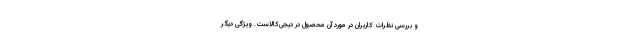
و بررسی نظرات کاربران در مورد آن محصول در دیجی‌کالاست. ویژگی دیگر